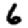
Digit: 6